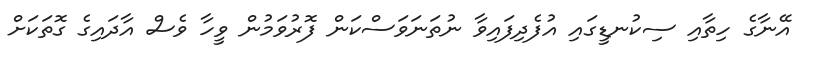
އޭނާގެ ހިތާއި ސިކުނޑީގައި އުފެދިފައިވާ ނުތަނަވަސްކަން ފޮރުވަމުން ވީހާ ވެސް އާދައިގެ ގޮތަކަށް